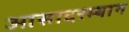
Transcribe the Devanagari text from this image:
आसादरम्यान